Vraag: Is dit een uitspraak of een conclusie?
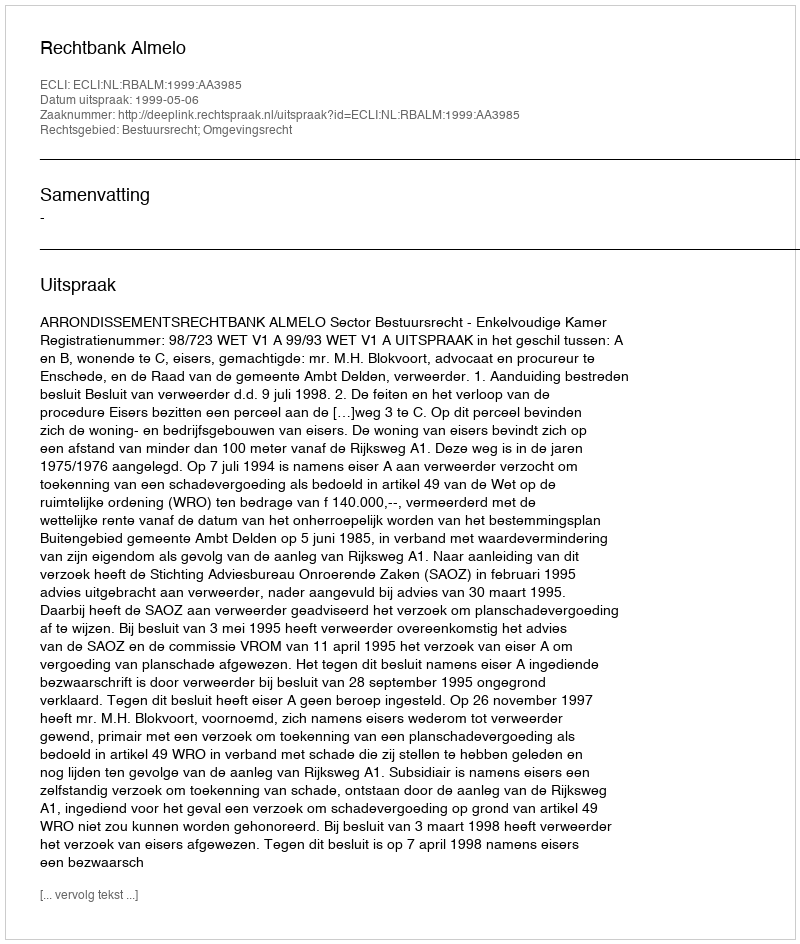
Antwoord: Uitspraak